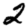
Digit: 2